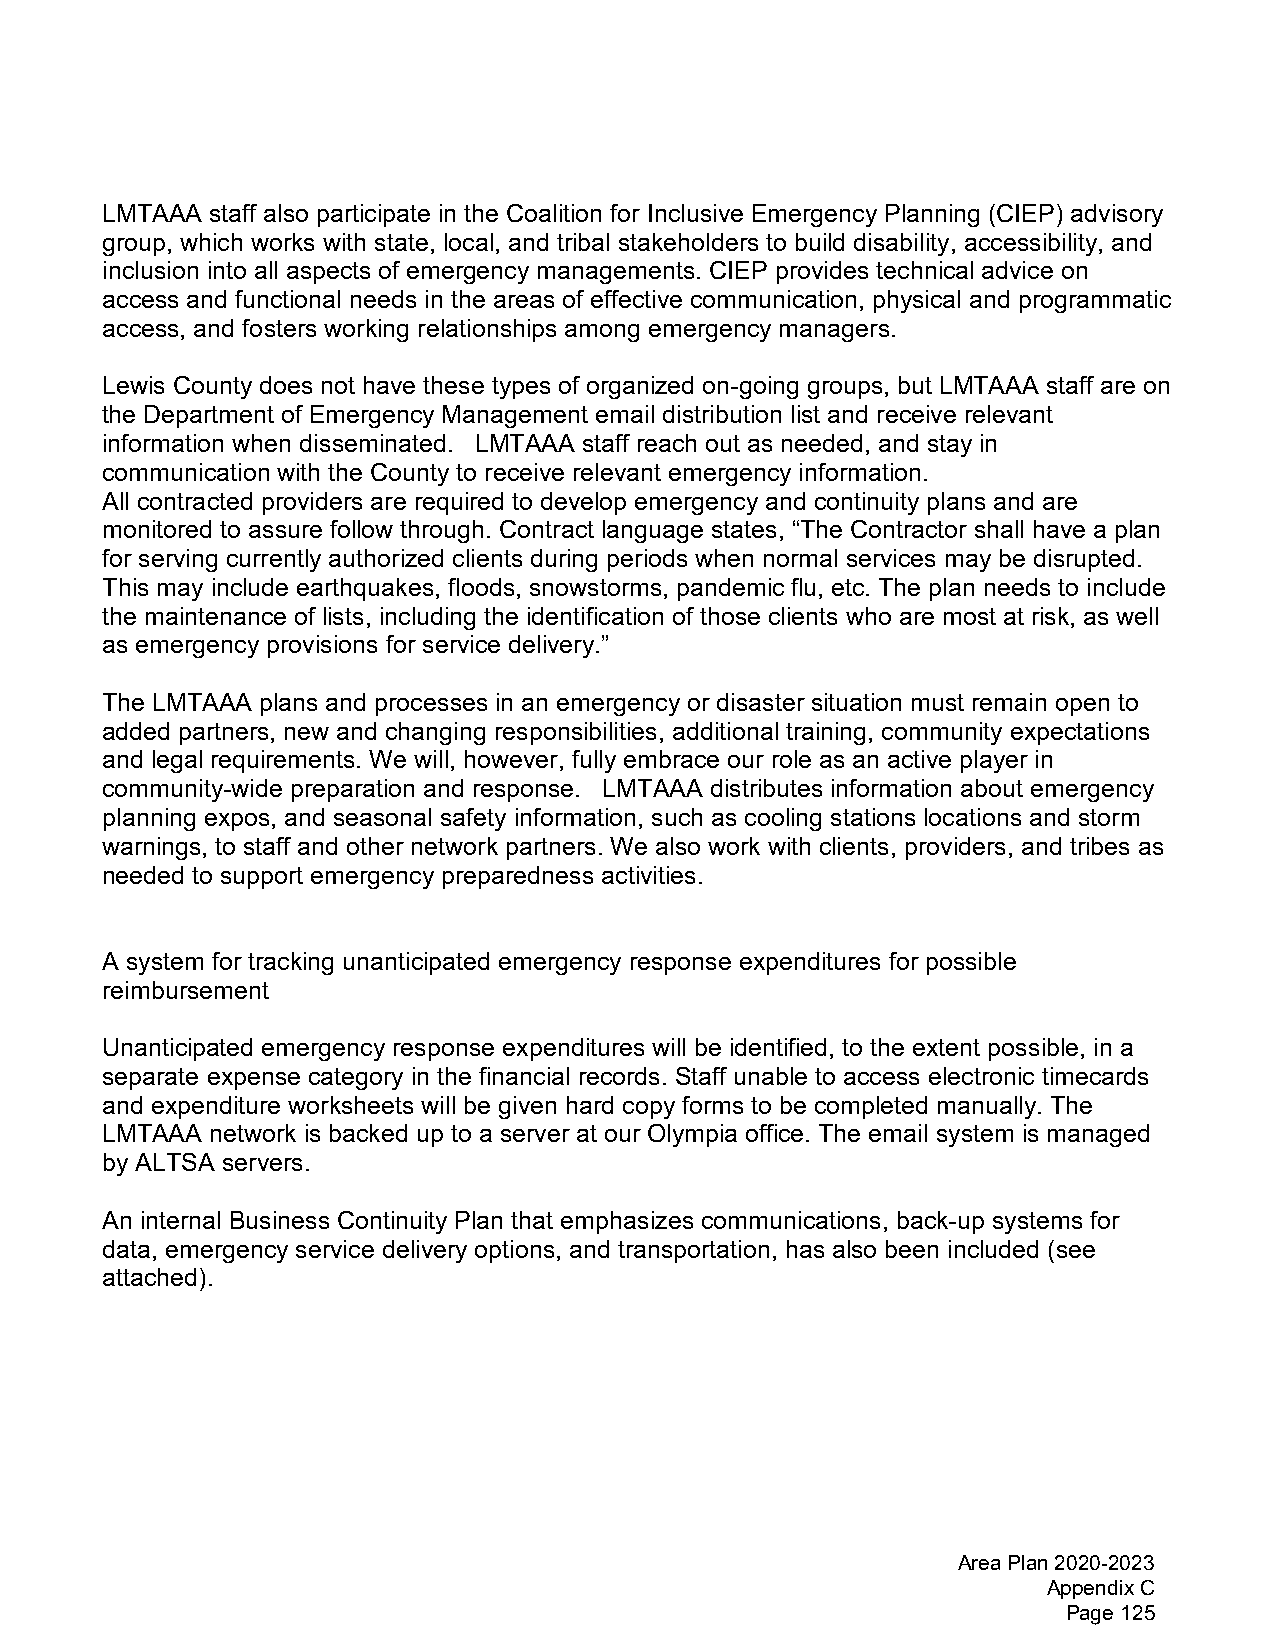
LMTAAA staff also participate in the Coalition for Inclusive Emergency Planning (CIEP) advisory
 group, which works with state, local, and tribal stakeholders to build disability, accessibility, and
 inclusion into all aspects of emergency managements. CIEP provides technical advice on
 access and functional needs in the areas of effective communication, physical and programmatic
 access, and fosters working relationships among emergency managers.
 Lewis County does not have these types of organized on-going groups, but LMTAAA staff are on
 the Department of Emergency Management email distribution list and receive relevant
 information when disseminated. LMTAAA staff reach out as needed, and stay in
 communication with the County to receive relevant emergency information.
 All contracted providers are required to develop emergency and continuity plans and are
 monitored to assure follow through. Contract language states, “The Contractor shall have a plan
 for serving currently authorized clients during periods when normal services may be disrupted.
 This may include earthquakes, floods, snowstorms, pandemic flu, etc. The plan needs to include
 the maintenance of lists, including the identification of those clients who are most at risk, as well
 as emergency provisions for service delivery.”
 The LMTAAA plans and processes in an emergency or disaster situation must remain open to
 added partners, new and changing responsibilities, additional training, community expectations
 and legal requirements. We will, however, fully embrace our role as an active player in
 community-wide preparation and response. LMTAAA distributes information about emergency
 planning expos, and seasonal safety information, such as cooling stations locations and storm
 warnings, to staff and other network partners. We also work with clients, providers, and tribes as
 needed to support emergency preparedness activities.
 A system for tracking unanticipated emergency response expenditures for possible
 reimbursement
 Unanticipated emergency response expenditures will be identified, to the extent possible, in a
 separate expense category in the financial records. Staff unable to access electronic timecards
 and expenditure worksheets will be given hard copy forms to be completed manually. The
 LMTAAA network is backed up to a server at our Olympia office. The email system is managed
 by ALTSA servers.
 An internal Business Continuity Plan that emphasizes communications, back-up systems for
 data, emergency service delivery options, and transportation, has also been included (see
 attached).
 Area Plan 2020-2023
 Appendix C
 Page 125